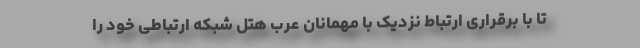
تا با برقراری ارتباط نزدیک با مهمانان عرب هتل شبکه ارتباطی خود را